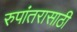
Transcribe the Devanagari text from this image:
रुपांतरासाठी